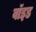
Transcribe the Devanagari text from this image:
वाॅइड